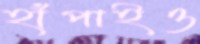
হাঁপাইও